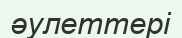
әулеттері